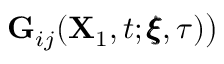
\mathbf { G } _ { i j } ( \mathbf { X } _ { 1 } , t ; \pmb { \xi } , \tau ) \big )